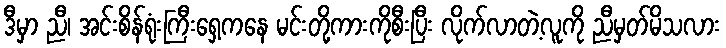
ဒီမှာ ညီ၊ အင်းစိန်ရုံးကြီးရှေ့ကနေ မင်းတို့ကားကိုစီးပြီး လိုက်လာတဲ့လူကို ညီမှတ်မိသလား